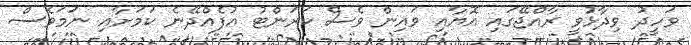
ވަހީދު ވިދާޅުވީ ރާއްޖޭގައި އޮޔާއި ވައިން ވެސް ކަރަންޓު އުފެއްދޭނެ ކަމަށާއި ނަމަވެސް